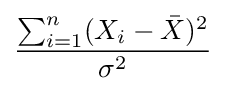
{\frac {\sum _{i=1}^{n}(X_{i}-{\bar {X}})^{2}}{\sigma ^{2}}}